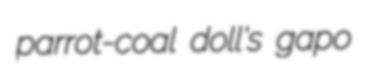
parrot-coal doll's gapo